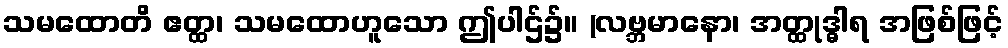
သမထောတိ ဧတ္ထ၊ သမထောဟူသော ဤပါဌ်၌။ (လဗ္ဘမာနော၊ အတ္ထုဒ္ဓါရ အဖြစ်ဖြင့်